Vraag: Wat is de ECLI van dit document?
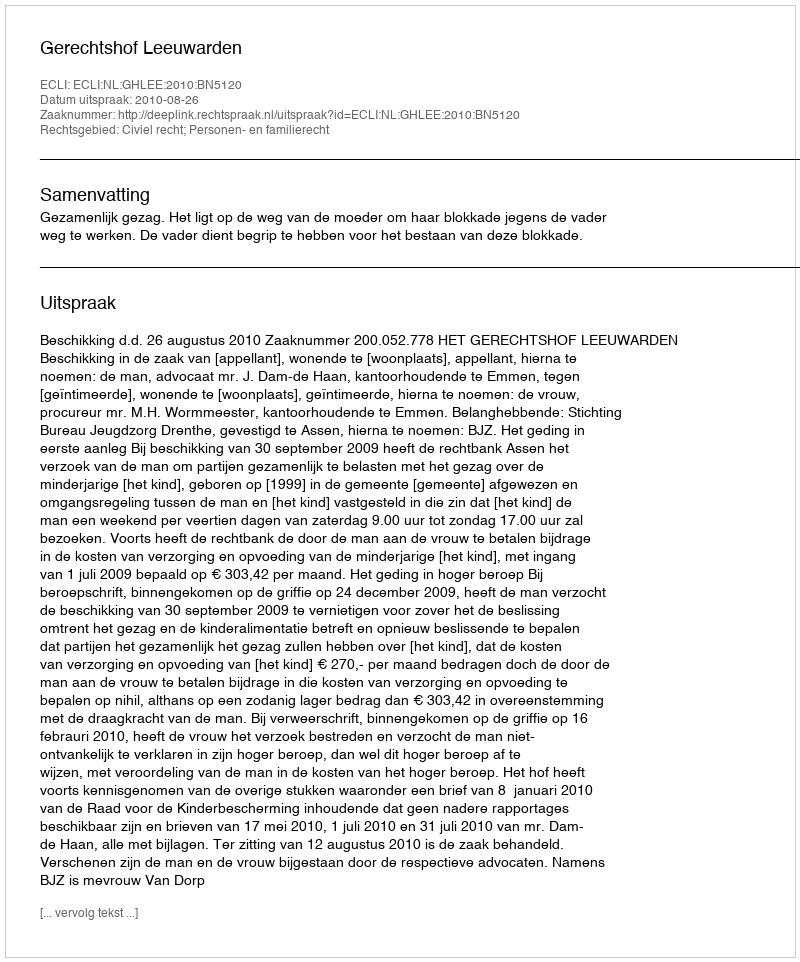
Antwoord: ECLI:NL:GHLEE:2010:BN5120